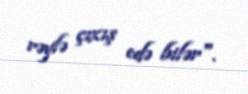
rəylə çıxış edə bilər".